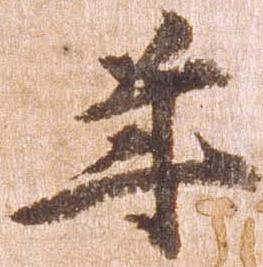
年